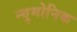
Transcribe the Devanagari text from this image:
न्युमोनिक